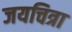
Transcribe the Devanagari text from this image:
जयचित्रा